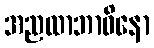
အညထာဘာဝိနော